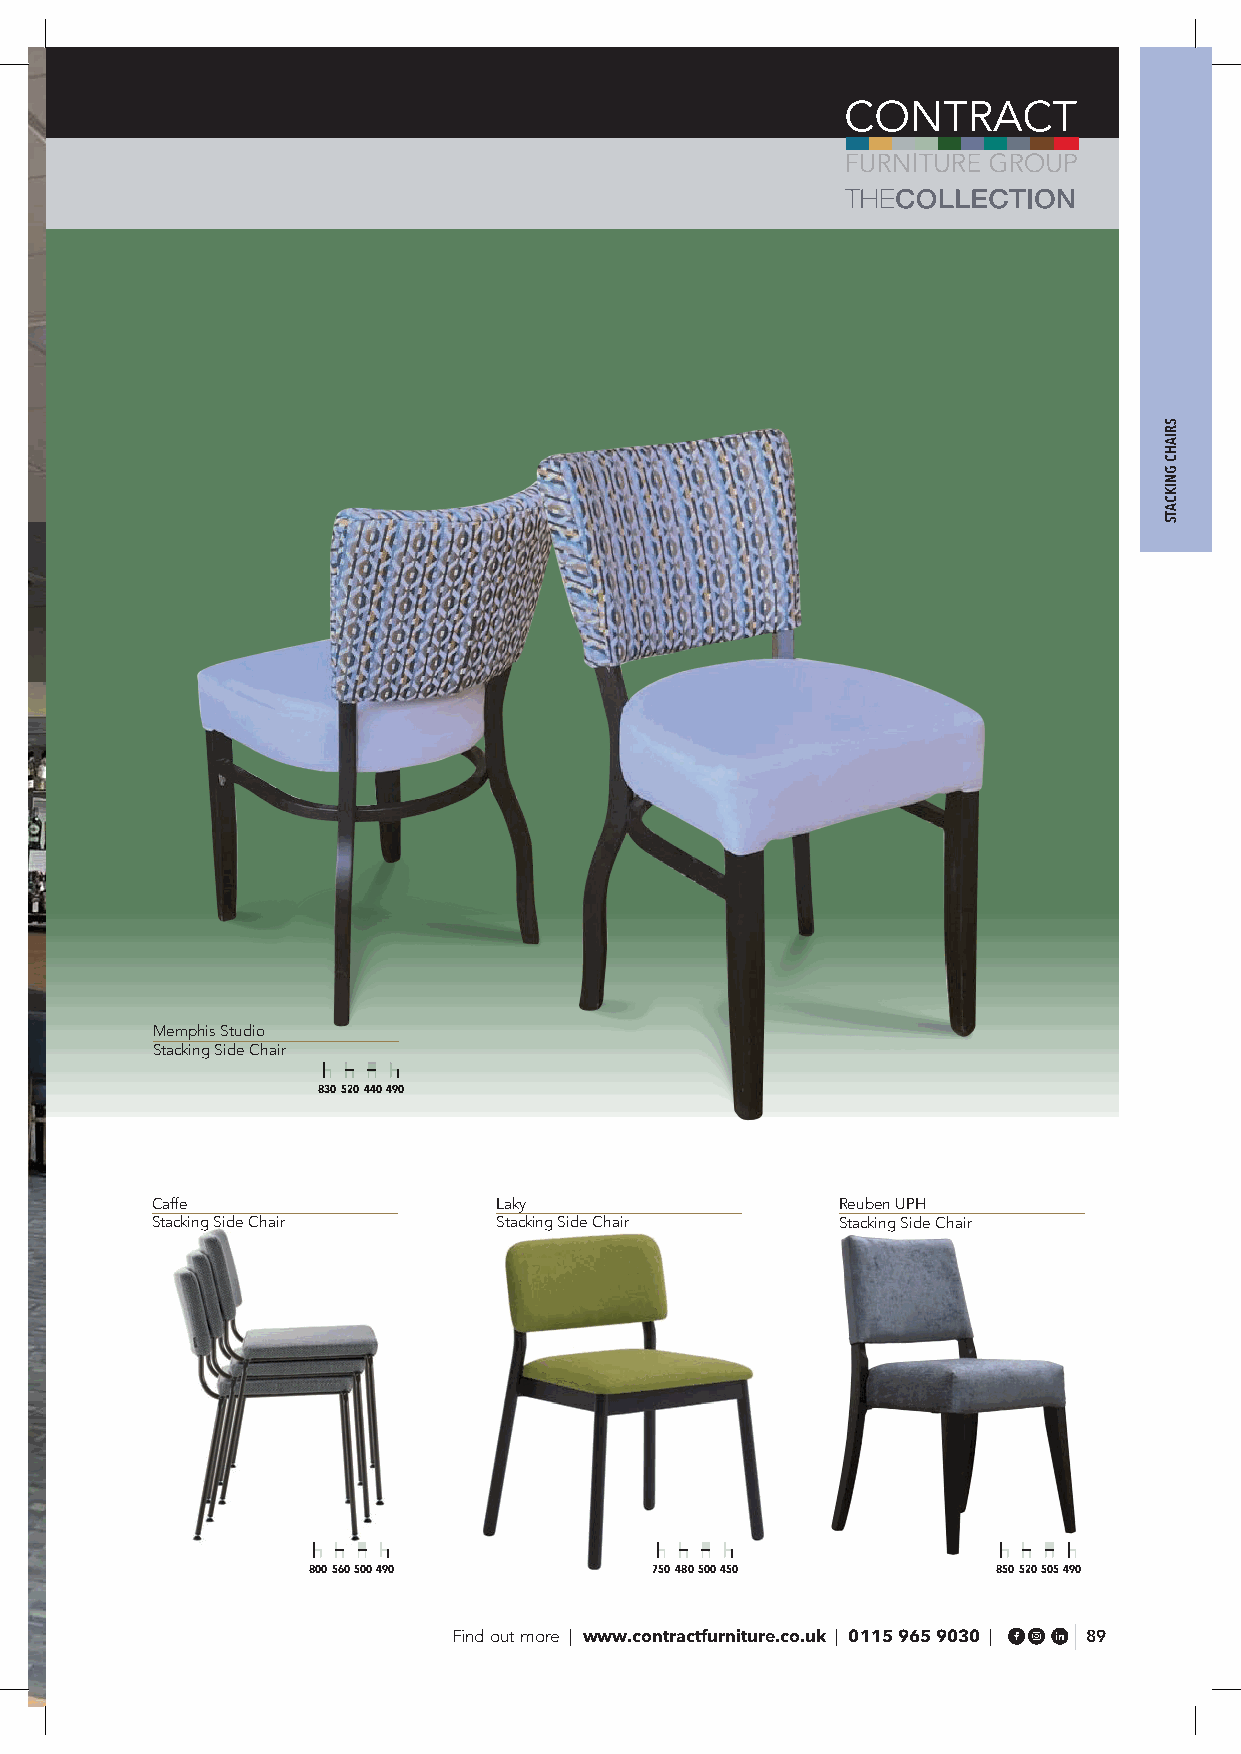
Memphis Studio
 Stacking Side Chair
 830 520 440 490
 Caffe                  Laky                   Reuben UPH
 Stacking Side Chair    Stacking Side Chair    Stacking Side Chair
 800 560 500 490        750 480 500 450        850 520 505 490
 Find out more | www.contractfurniture.co.uk | 0115 965 9030 | 89
 SRIAHC
 GNIKCATS